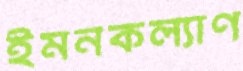
ইমনকল্যাণ